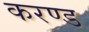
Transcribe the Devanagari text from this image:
करण्ड